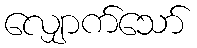
လျှောက်သော်